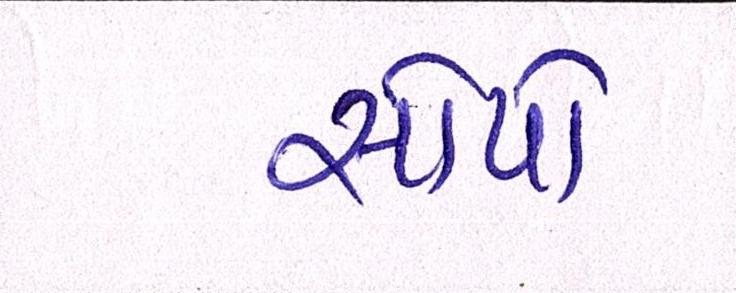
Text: સોપો